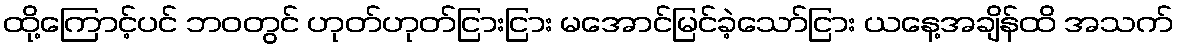
ထို့ကြောင့်ပင် ဘဝတွင် ဟုတ်ဟုတ်ငြားငြား မအောင်မြင်ခဲ့သော်ငြား ယနေ့အချိန်ထိ အသက်